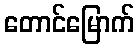
တောင်မြောက်